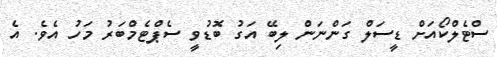
ސްޓެލްކޯއަށް ޑީސަލް ގަންނަން ލިބޭ އަގު ބޮޑުވީ ސެޕްޓެމްބަރު މަހު އެވެ. އެ